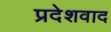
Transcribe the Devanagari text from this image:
प्रदेशवाद